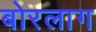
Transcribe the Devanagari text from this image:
बोरलाग